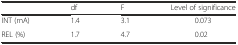
<table><thead><tr><td></td><td><b>df</b></td><td><b>F</b></td><td><b>Level of significance</b></td></tr></thead><tbody><tr><td>INT (mA)</td><td>1.4</td><td>3.1</td><td>0.073</td></tr><tr><td>REL (%)</td><td>1.7</td><td>4.7</td><td>0.02</td></tr></tbody></table>